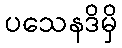
ပသေနဒိမှိ